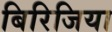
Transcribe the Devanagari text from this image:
बिरिजिया